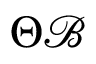
\Theta { \mathcal { B } }